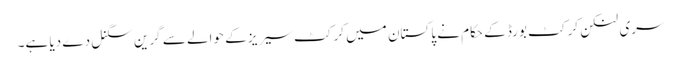
سری لنکن کرکٹ بورڈ کے حکام نے پاکستان میں کرکٹ سیریز کے حوالے سے گرین سگنل دے دیا ہے۔